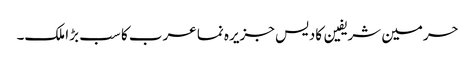
حرمین شریفین کادیس جزیرہ نما عرب کا سب بڑا ملک۔